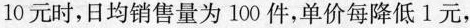
10元时，日均销售量为100件，单价每降低1元，